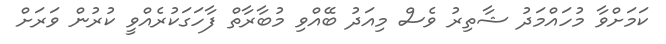
ކަމަށްވާ މުހައްމަދު ޝާތިރު ވެސް މިއަދު ބޭއްވި މުބާރާތް ފާހަގަކުރެއްވީ ކުރުން ވަރަށް